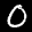
Label: 0